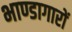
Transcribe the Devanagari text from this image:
भाण्डागारों